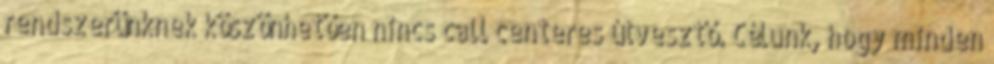
rendszerünknek köszönhetően nincs call centeres útvesztő. Célunk, hogy minden